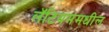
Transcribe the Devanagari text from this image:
लॅटियममधील